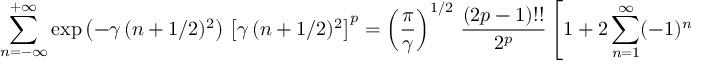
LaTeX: \sum _ { n = - \infty } ^ { + \infty } \exp \left( - \gamma \, ( n + 1 / 2 ) ^ { 2 } \right) \, \left[ \gamma \, ( n + 1 / 2 ) ^ { 2 } \right] ^ { p } = \left( { \frac { \pi } { \gamma } } \right) ^ { 1 / 2 } \, { \frac { ( 2 p - 1 ) ! ! } { 2 ^ { p } } } \left[ 1 + 2 \sum _ { n = 1 } ^ { \infty } ( - 1 ) ^ { n } \, \exp ( - \pi ^ { 2 } n ^ { 2 } / \gamma ) \sum _ { l = 0 } ^ { p } \left( { \frac { - \pi ^ { 2 } n ^ { 2 } } { \gamma } } \right) ^ { l } C _ { l } ^ { p } \right]